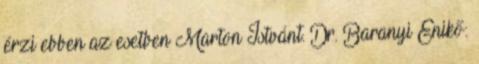
érzi ebben az esetben Marton Istvánt. Dr. Baranyi Enikő: